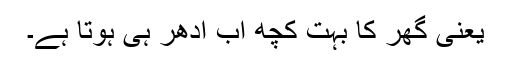
یعنی گھر کا بہت کچھ اب اُدھر ہی ہوتا ہے۔